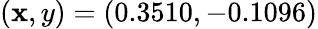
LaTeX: (\mathbf{x},y)=(0.3510,-0.1096)